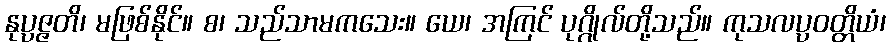
နုပ္ပဇ္ဇတိ၊ မဖြစ်နိုင်။ စ၊ သည်သာမကသေး။ ယေ၊ အကြင် ပုဂ္ဂိုလ်တို့သည်။ ကုသလပ္ပဝတ္တိယံ၊